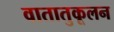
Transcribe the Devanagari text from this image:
वातातुकूलन